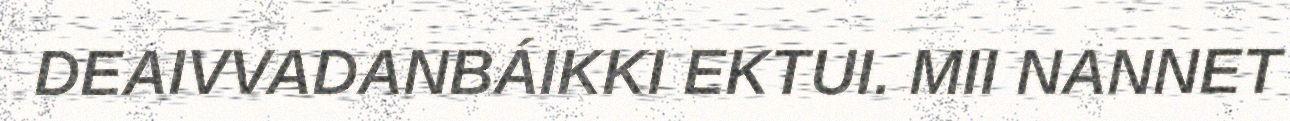
DEAIVVADANBÁIKKI EKTUI. MII NANNET